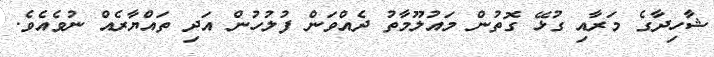
ޝާހިދާގެ މަރާއި ގުޅޭ ގޮތުން މައުލޫމާތު ދެއްވަން ފުލުހުން އަދި ތައްޔާރެއް ނުވެއެވެ.